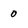
Character: 0